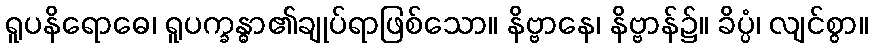
ရူပနိရောဓေ၊ ရူပက္ခန္ဓာ၏ချုပ်ရာဖြစ်သော။ နိဗ္ဗာနေ၊ နိဗ္ဗာန်၌။ ခိပ္ပံ၊ လျင်စွာ။